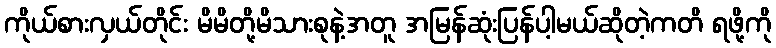
ကိုယ်စားလှယ်တိုင်း မိမိတို့မိသားစုနဲ့အတူ အမြန်ဆုံးပြန်ပါ့မယ်ဆိုတဲ့ကတိ ရဖို့ကို